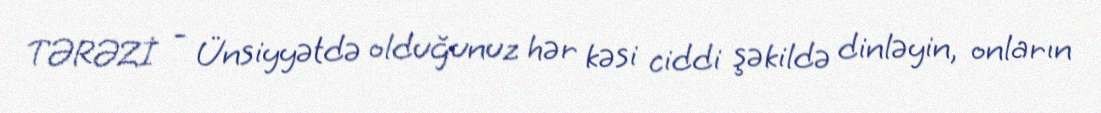
TƏRƏZİ - Ünsiyyətdə olduğunuz hər kəsi ciddi şəkildə dinləyin, onların